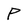
Character: P